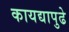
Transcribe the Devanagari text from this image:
कायद्यापुढे